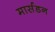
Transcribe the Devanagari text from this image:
मार्सडन